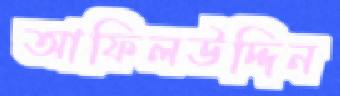
আফিলউদ্দিন